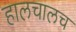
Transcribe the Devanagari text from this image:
हालचालच